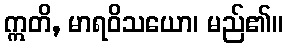
ဣတိ, မာရဝိသယော၊ မည်၏။